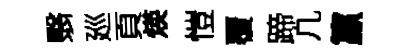
翳廵頁煐愷覆蹄凢籯